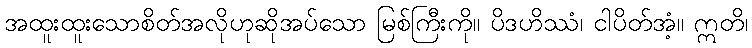
အထူးထူးသောစိတ်အလိုဟုဆိုအပ်သော မြစ်ကြီးကို။ ပိဒဟိဿံ၊ ငါပိတ်အံ့။ ဣတိ၊